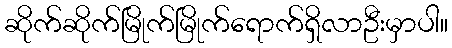
ဆိုက်ဆိုက်မြိုက်မြိုက်ရောက်ရှိလာဦးမှာပါ။